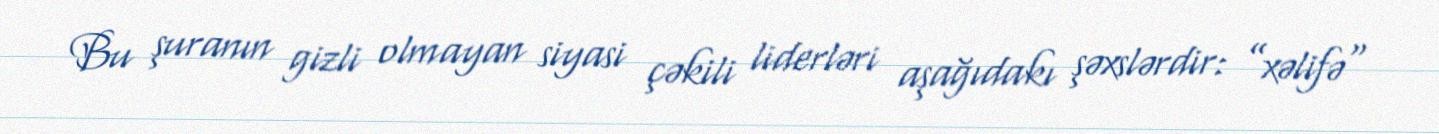
Bu şuranın gizli olmayan siyasi çəkili liderləri aşağıdakı şəxslərdir: ”xəlifə"